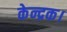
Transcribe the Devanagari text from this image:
केन्द्रक।